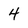
Character: 4